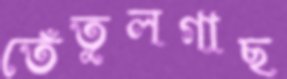
তেঁতুলগাছ